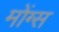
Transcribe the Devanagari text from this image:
मोंग्स